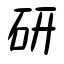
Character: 研